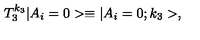
T _ { 3 } ^ { k _ { 3 } } | A _ { i } = 0 > \equiv | A _ { i } = 0 ; k _ { 3 } > ,